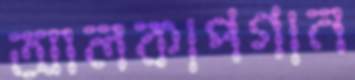
আলকাপগান